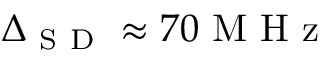
\Delta _ { \mathrm { ~ S ~ D ~ } } \approx 7 0 \mathrm { ~ M ~ H ~ z ~ }